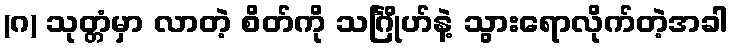
(ဂ) သုတ္တံမှာ လာတဲ့ စိတ်ကို သင်္ဂြိုဟ်နဲ့ သွားရောလိုက်တဲ့အခါ